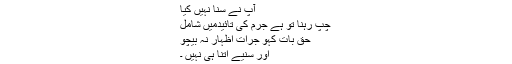
آپ نے سنا نہيں کیا
چپ رہنا تو ہے جرم کی تائیدمیں شامل
حق بات کہو جرات اظہار نہ بیچو
اور سنیے اتنا ہی نہیں ۔